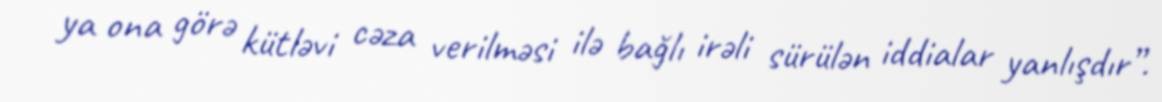
ya ona görə kütləvi cəza verilməsi ilə bağlı irəli sürülən iddialar yanlışdır”.